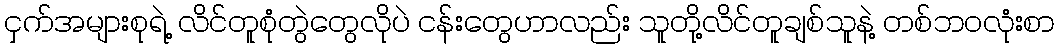
ငှက်အများစုရဲ့ လိင်တူစုံတွဲတွေလိုပဲ ငန်းတွေဟာလည်း သူတို့လိင်တူချစ်သူနဲ့ တစ်ဘဝလုံးစာ